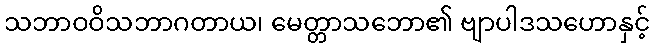
သဘာဝဝိသဘာဂတာယ၊ မေတ္တာသဘော၏ ဗျာပါဒသဟောနှင့်